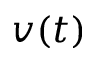
v ( t )